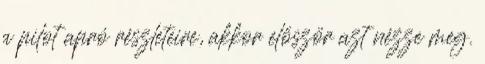
a pilot apró részleteire, akkor először azt nézze meg.